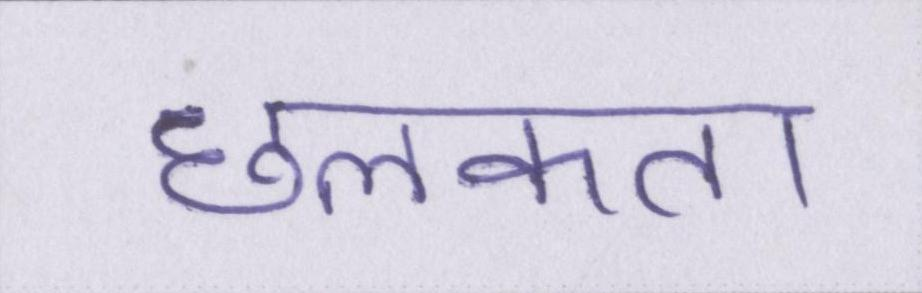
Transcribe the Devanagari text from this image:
छलकता